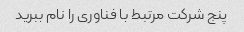
پنج شرکت مرتبط با فناوری را نام ببرید